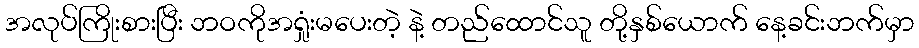
အလုပ်ကြိုးစားပြီး ဘဝကိုအရှုံးမပေးတဲ့ နဲ့ တည်ထောင်သူ တို့နှစ်ယောက် နေ့ခင်းဘက်မှာ